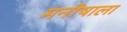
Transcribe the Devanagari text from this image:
मनीषाला